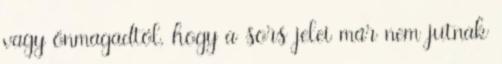
vagy önmagadtól, hogy a sors jelei már nem jutnak